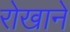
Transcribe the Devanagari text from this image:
रोखाने